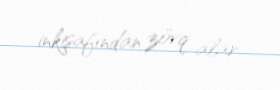
inkişafından zövq alar.